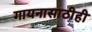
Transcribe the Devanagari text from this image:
गायनासाठीही